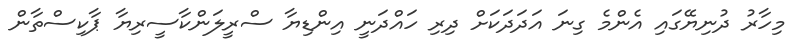
މިހާރު ދުނިޔޭގައި އެންމެ ގިނަ އަދަދަކަށް ދިރި ހައްދަނީ އިންޑިޔާ ސްރީލަންކާސީރިޔާ ޕާކިސްތާން